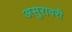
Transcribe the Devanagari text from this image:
असुरावरी